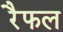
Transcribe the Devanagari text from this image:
रैफल